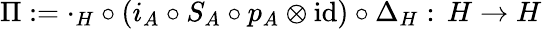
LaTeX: \Pi:=\cdot_{H}\circ(i_{A}\circ S_{A}\circ p_{A}\otimes\mathrm{id})\circ\Delta_{H}:\, H\rightarrow H